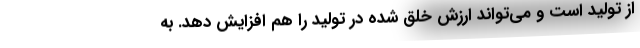
از تولید است و می‌تواند ارزش خلق شده در تولید را هم افزایش دهد. به